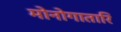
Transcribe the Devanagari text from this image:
मोनोगातारि